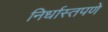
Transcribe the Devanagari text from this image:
निर्धास्तपणे